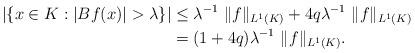
LaTeX: \begin{align*} |\{x \in K : |Bf(x)| > \lambda\}| & \leq \lambda^{-1}~ \|f\|_{L^1(K)} + 4q \lambda^{-1}~ \|f\|_{L^1(K)} \\ & = (1+4q)\lambda^{-1}~\|f\|_{L^1(K)} .\end{align*}